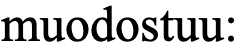
muodostuu: